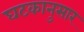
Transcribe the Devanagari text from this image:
घटकानुसार